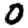
Digit: 0